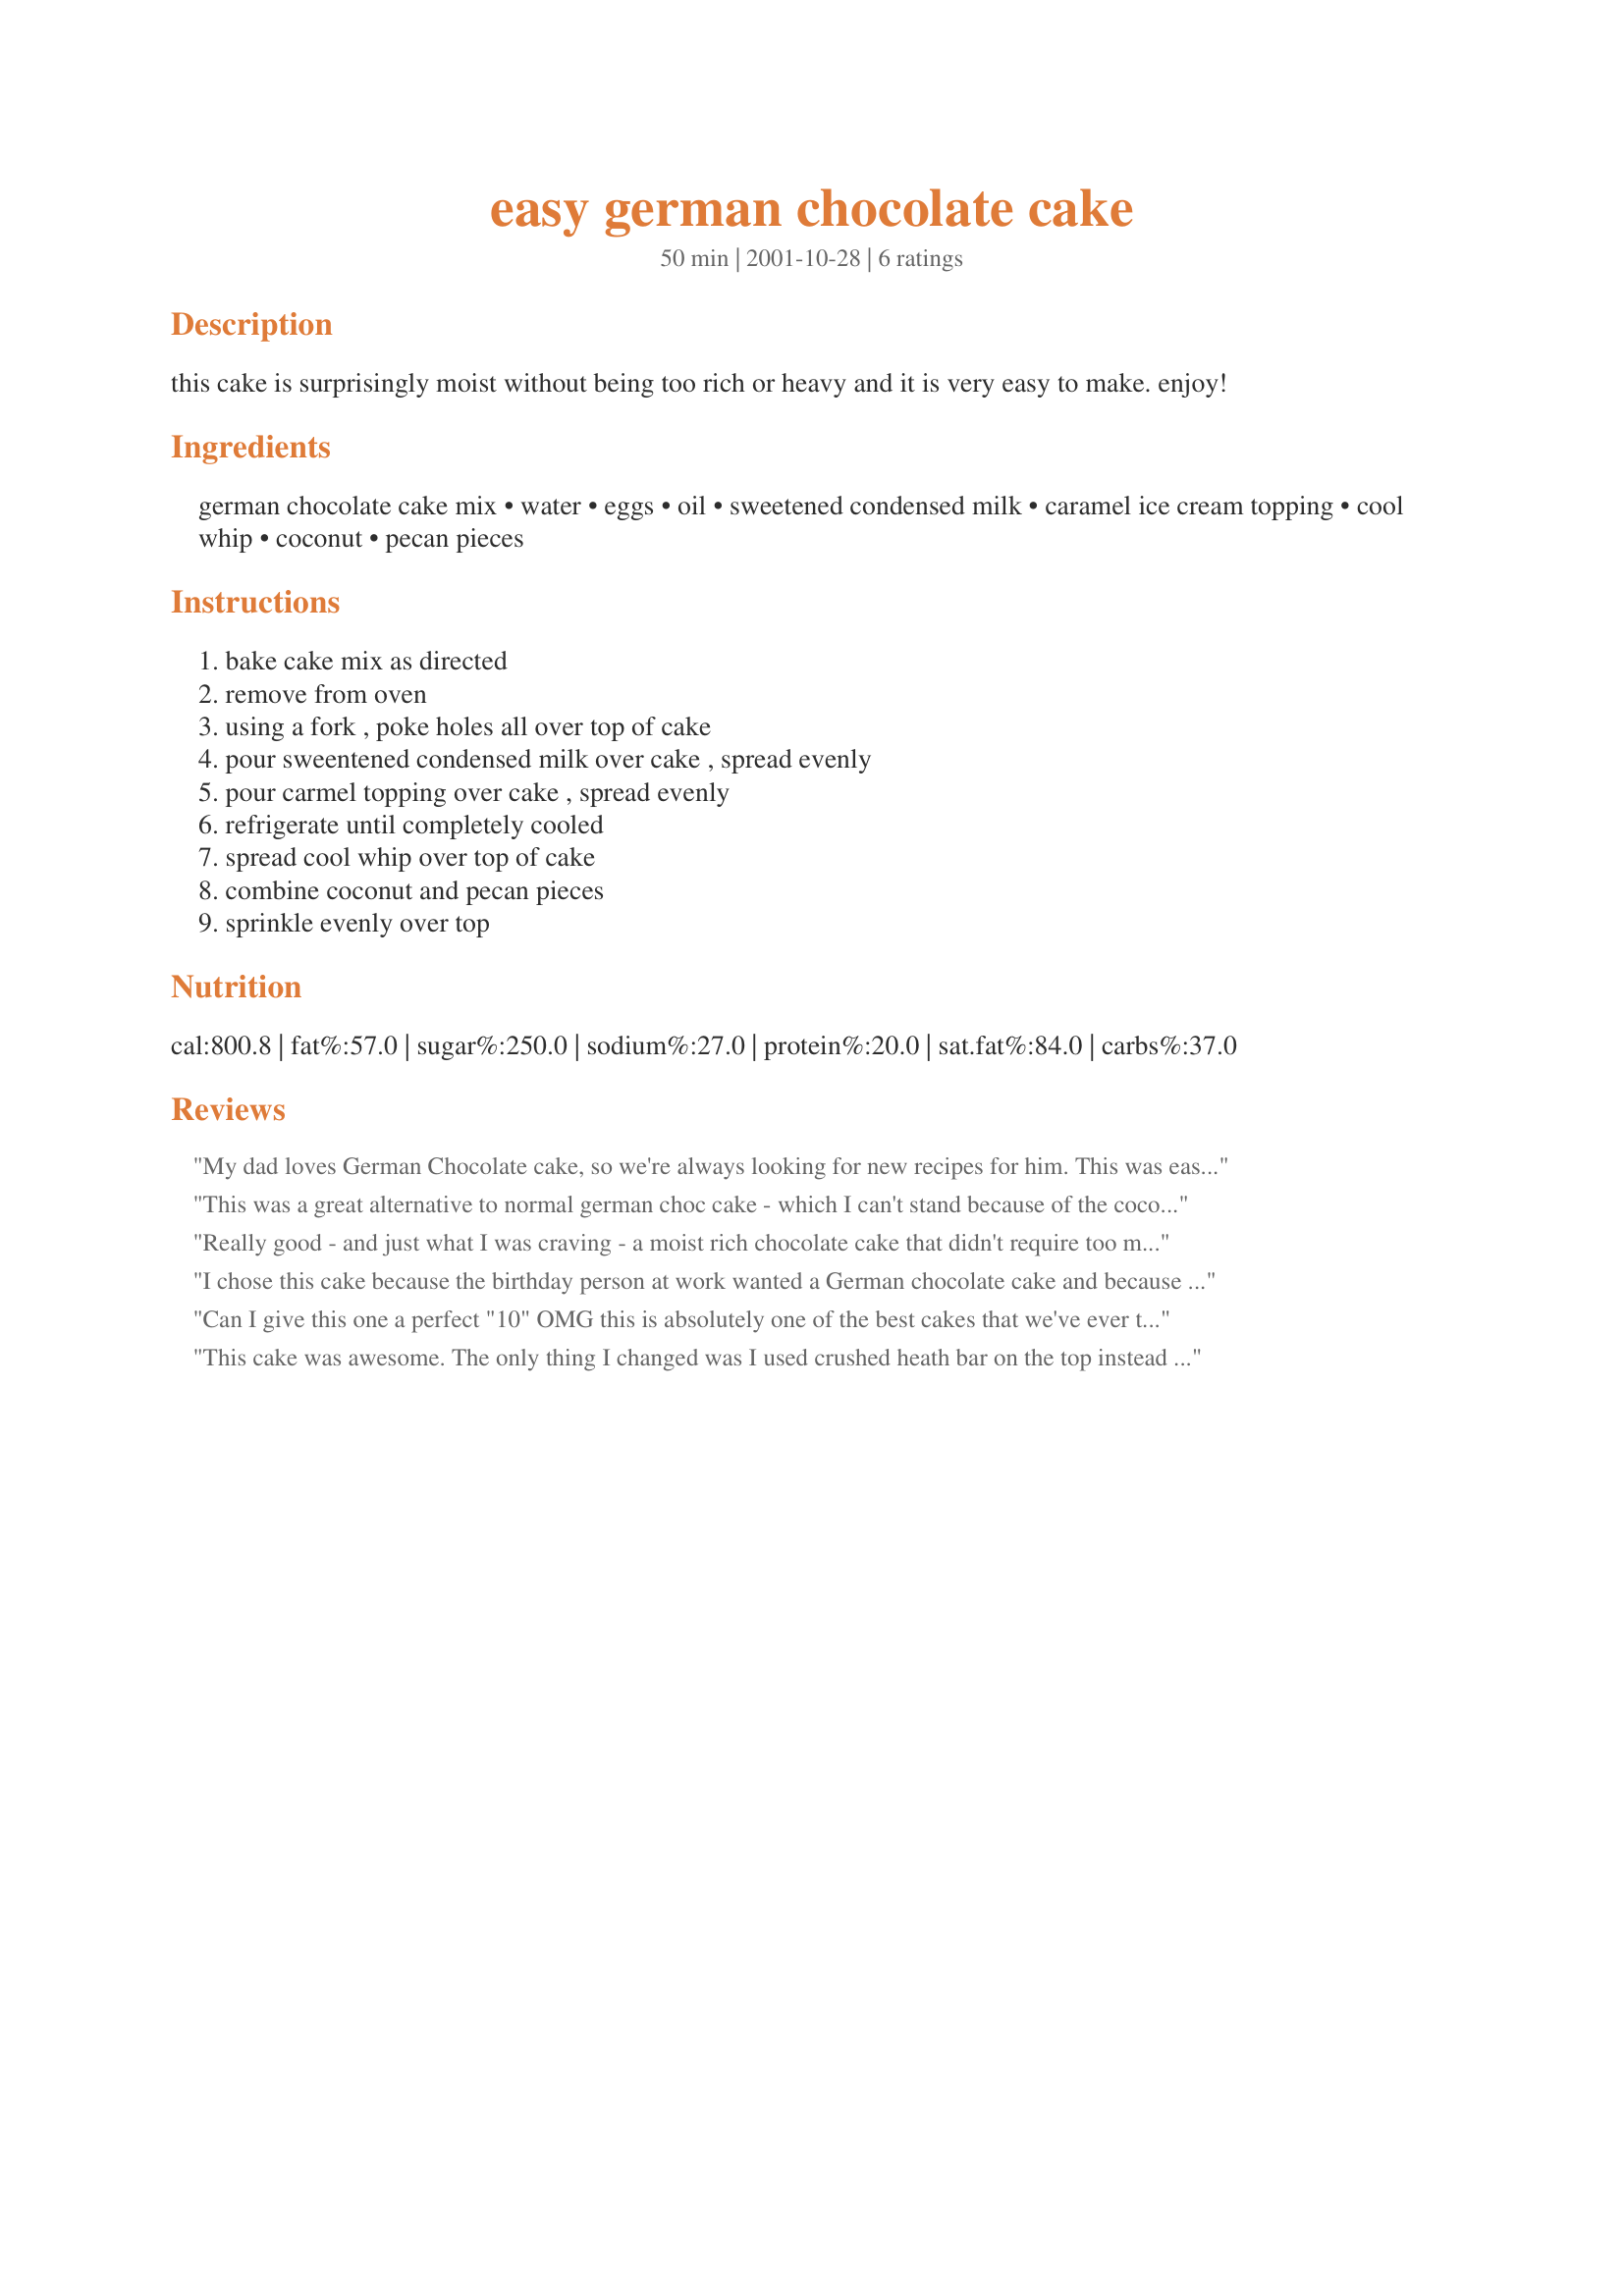
easy german chocolate cake
Preparation time: 50 minutes

this cake is surprisingly moist without being too rich or heavy and it is very easy to make. enjoy!

Ingredients:
german chocolate cake mix, water, eggs, oil, sweetened condensed milk, caramel ice cream topping, cool whip, coconut, pecan pieces

Steps:
bake cake mix as directed, remove from oven, using a fork , poke holes all over top of cake, pour sweentened condensed milk over cake , spread evenly, pour carmel topping over cake , spread evenly, refrigerate until completely cooled, spread cool whip over top of cake, combine coconut and pecan pieces, sprinkle evenly over top

Reviews:
My dad loves German Chocolate cake, so we're always looking for new recipes for him. This was easy to do and really moist. He loved it. Thanks.
This was a great alternative to normal german choc cake - which I can't stand because of the coconut. I made it exactly as written, and sprinkled toasted coconut, toffee pieces and chocolate sprinkles on top - it was a huge hit at my office!
Really good - and just what I was craving - a moist rich chocolate cake that didn't require too much work - THANKS!
I chose this cake because the birthday person at work wanted a German chocolate cake and because this looked like it'd be easy to make (it was!). This was a very moist and rich cake! Notice that I said "was". I took this to work for a birthday today and it was gone by the end of the day (and I don't work with that many people!). In the past year I've taken approx. 20 cakes to work and this one was voted the best. The only thing that I did differently was to toast the coconut before topping the cake with it (to make it show up against the white Cool Whip)and I kept the jar of caramel on top of the stove while the cake baked to warm it up and make it a little easier to spread. Thank you so much for sharing this recipe!
Can I give this one a perfect "10"
OMG this is absolutely one of the best cakes that we've ever tasted and I've made plenty of cakes in my time. Thanks for sharing this wonderful recipe. I did the cool whip and heath bar pieces next time I will try the coconut and pecans. Again many many thanks. :-)
This cake was awesome. The only thing I changed was I used crushed heath bar on the top instead of coconut and pecans.
